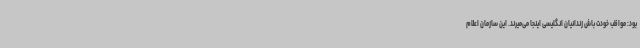
بود: مواظب خودت باش زندانیان انگلیسی اینجا می‌میرند. این سازمان اعلام